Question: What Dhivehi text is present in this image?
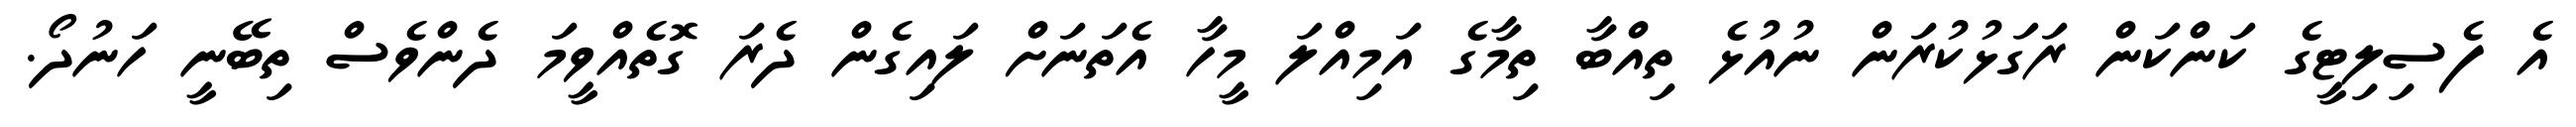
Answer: އެ ފެސިލިޓީގެ ކަންކަން ރަގަޅުކުރަން ނުއުޅެ ތިއްބާ ތިމާގެ އަމިއްލަ މީހާ އެތަނަށް ލައިގެން ދެރަ ގޮތެއްވީމަ ދެންވެސް ތިބޭނީ ހަނުދޯ.